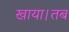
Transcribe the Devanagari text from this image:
खाया।तब